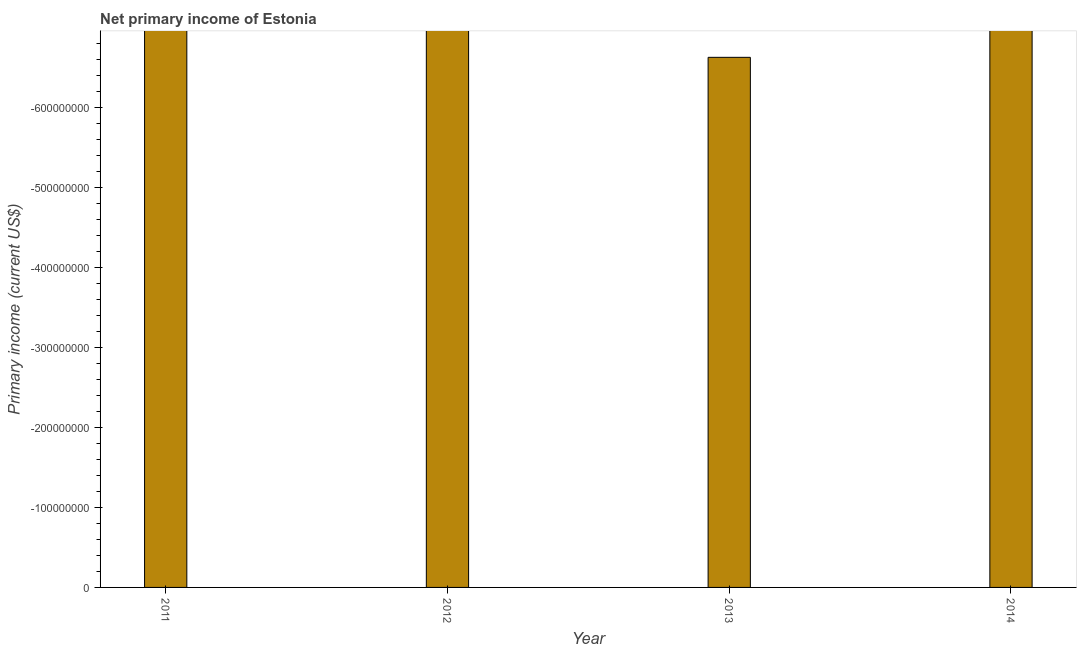
| Year | Net primary income |
 | --- | --- |
 | 2011 | -1.3e+09 |
 | 2012 | -1.12e+09 |
 | 2013 | -6.63e+08 |
 | 2014 | -7e+08 |